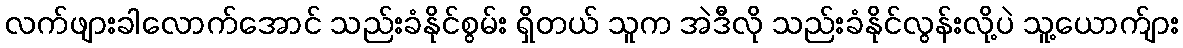
လက်ဖျားခါလောက်အောင် သည်းခံနိုင်စွမ်း ရှိတယ် သူက အဲဒီလို သည်းခံနိုင်လွန်းလို့ပဲ သူ့ယောက်ျား